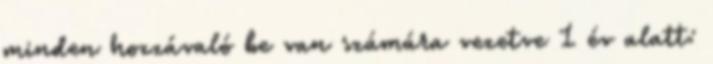
minden hozzávaló be van számára vezetve 1 év alatt: